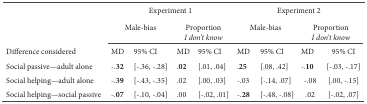
<table><thead><tr><td></td><td colspan="4"><b>Experiment 1</b></td><td colspan="4"><b>Experiment 2</b></td></tr></thead><tbody><tr><td></td><td colspan="2">Male-bias</td><td colspan="2">Proportion <i>I don’t</i>know</td><td colspan="2">Male-bias</td><td colspan="2">Proportion <i>I don’t</i>know</td></tr><tr><td>Difference considered</td><td>MD</td><td>95% CI</td><td>MD</td><td>95% CI</td><td>MD</td><td>95% CI</td><td>MD</td><td>95% CI</td></tr><tr><td>Social passive—adult alone</td><td><b>-.32</b></td><td>[-.36, -.28]</td><td><b>.02</b></td><td>[.01, .04]</td><td><b>.25</b></td><td>[.08, .42]</td><td><b>-.10</b></td><td>[-.03, -.17]</td></tr><tr><td>Social helping—adult alone</td><td><b>-.39</b></td><td>[-.43, -.35]</td><td>.02</td><td>[.00, .03]</td><td>-.03</td><td>[-.14, .07]</td><td>-.08</td><td>[.00, -.15]</td></tr><tr><td>Social helping—social passive</td><td><b>-.07</b></td><td>[-.10, -.04]</td><td>.00</td><td>[-.02, .01]</td><td><b>-.28</b></td><td>[-.48, -.08]</td><td>.02</td><td>[-.02, .07]</td></tr></tbody></table>